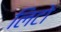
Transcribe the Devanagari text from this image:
लिटो